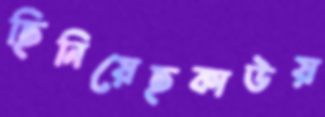
ছিনিয়েছকাউয়